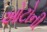
ઓટોની